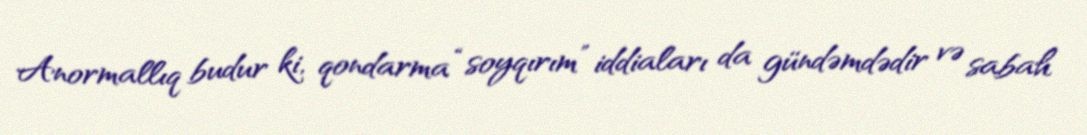
Anormallıq budur ki, qondarma “soyqırım” iddiaları da gündəmdədir və sabah